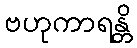
ဗဟုကာရန္တိ